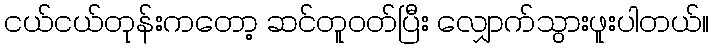
ငယ်ငယ်တုန်းကတော့ ဆင်တူဝတ်ပြီး လျှောက်သွားဖူးပါတယ်။